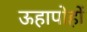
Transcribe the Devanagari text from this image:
ऊहापोहों